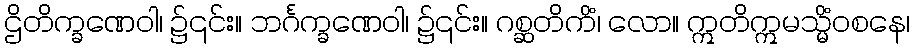
ဌိတိက္ခဏေဝါ၊ ၌၎င်း။ ဘင်္ဂက္ခဏေဝါ၊ ၌၎င်း။ ဂစ္ဆတိကိံ၊ လော။ ဣတိဣမသ္မိံဝစနေ၊